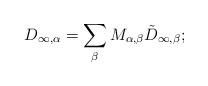
LaTeX: \begin{align*} D_{\infty,\alpha}=\sum_\beta M_{\alpha,\beta}\tilde{D}_{\infty,\beta}; \end{align*}